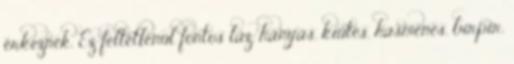
érkeznek. Ez feltétlenül fontos láz, hányás, kiütés, hasmenés, bırpír,